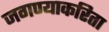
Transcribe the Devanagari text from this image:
जगण्याकरिता